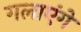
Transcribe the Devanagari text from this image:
गलाएंगे